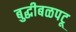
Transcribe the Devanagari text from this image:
बुद्धीबळपटू